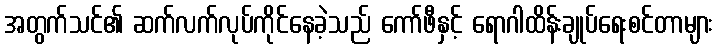
အတွက်သင်၏ ဆက်လက်လုပ်ကိုင်နေခဲ့သည် ကော်ဖီနှင့် ရောဂါထိန်းချုပ်ရေးစင်တာများ